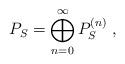
LaTeX: \begin{align*}P_S= \bigoplus\limits_{n=0}^{\infty} P_S^{(n)}\;,\end{align*}